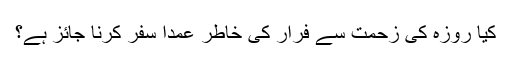
کیا روزہ کی زحمت سے فرار کی خاطر عمداً سفر کرنا جائز ہے؟